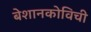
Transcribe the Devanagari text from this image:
बेशानकोविची